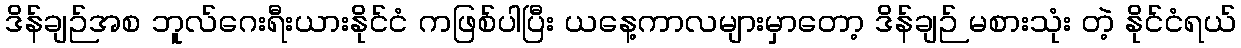
ဒိန်ချဉ်အစ ဘူလ်ဂေးရီးယားနိုင်ငံ ကဖြစ်ပါပြီး ယနေ့ကာလများမှာတော့ ဒိန်ချဉ် မစားသုံး တဲ့ နိုင်ငံရယ်